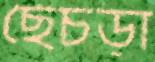
ছেঁচড়া